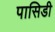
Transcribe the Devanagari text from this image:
पासिडी